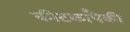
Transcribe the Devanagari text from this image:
कीटकापैकी